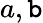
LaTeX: a,\mathtt{b}